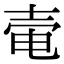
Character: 𡔩